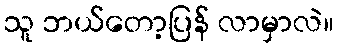
သူ ဘယ်တော့ပြန် လာမှာလဲ။